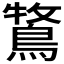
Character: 𮬾